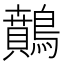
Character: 䴅